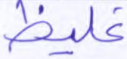
غليظ